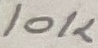
Text: 10K